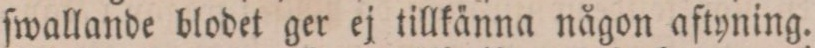
ſwallande blodet ger ej tillkänna någon aftyning.